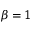
\beta = 1